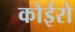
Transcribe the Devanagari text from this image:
कोईरो